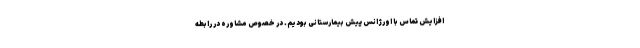
افزایش تماس با اورژانس پیش بیمارستانی بودیم. در خصوص مشاوره در رابطه